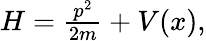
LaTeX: \begin{array}{r}{H=\frac{p^{2}}{2m}+V(x),}\end{array}